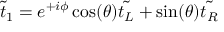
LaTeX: { \tilde { t } } _ { 1 } = e ^ { + i \phi } \cos ( \theta ) { \tilde { t _ { L } } } + \sin ( \theta ) { \tilde { t _ { R } } }